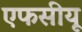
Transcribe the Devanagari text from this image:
एफसीयू